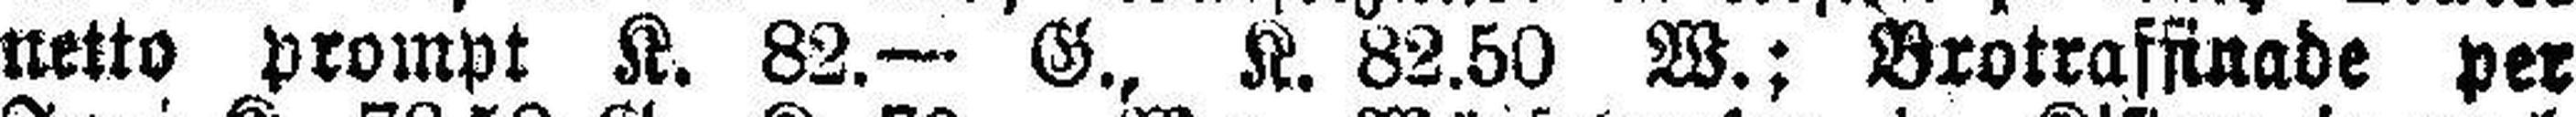
netto prompt K. 82.— G., K. 82.50 W.; Brotraffinade per